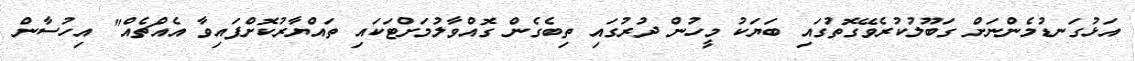
އަޅުގަނޑުމެންނަށް ގަބޫލުކުރެވޭގޮތުގައި ބަޔަކު މީހުން ދުރުގައި ތިބެގެން ގޮއްވާލުމަށްޓަކައި ތައްޔާރުކޮށްފައިވާ އެއްޗެއް" އިހުސާން